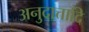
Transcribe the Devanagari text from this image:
अनुदात्तादि